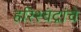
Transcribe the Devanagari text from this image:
हरिश्चंद्रांचे